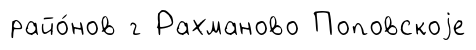
райо́нов г Рахманово Поповскоjе